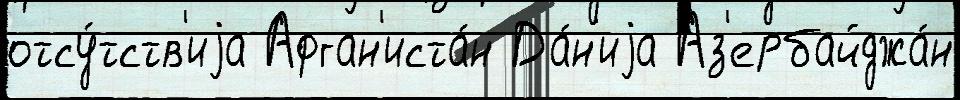
отсу́тств'иjа Афган'иста́н Да́н'иjа Аз'ербайджа́н